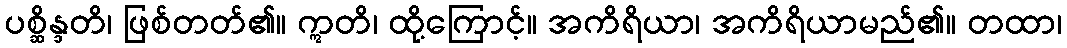
ပစ္ဆိန္ဒတိ၊ ဖြစ်တတ်၏။ ဣတိ၊ ထို့ကြောင့်။ အကိရိယာ၊ အကိရိယာမည်၏။ တထာ၊